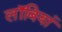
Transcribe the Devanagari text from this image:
लॉबियां